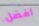
أفضل